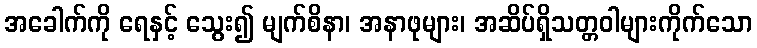
အခေါက်ကို ရေနှင့် သွေး၍ မျက်စိနာ၊ အနာဖုများ၊ အဆိပ်ရှိသတ္တဝါများကိုက်သော